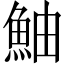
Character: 鮋